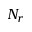
N _ { r }